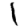
Digit: 1